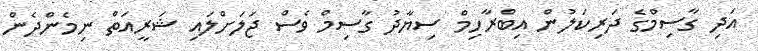
އަދި ގާސިމްގެ ދަރިކަލުން އިބްރާހިމް ސިޔާދު ގާސިމް ވެސް ޖަލަށްލައި ޝަރީއަތް ނިމެންދެން